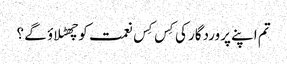
تم اپنے پروردگار کی کِس کِس نعمت کو چھٹلا ؤ گے ؟